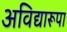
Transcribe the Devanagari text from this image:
अविद्यारूपा